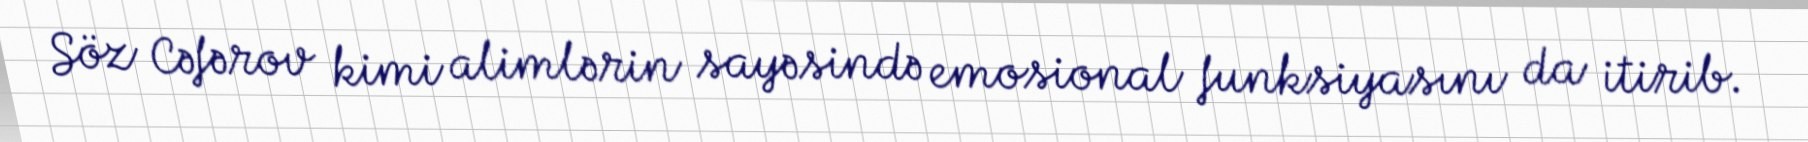
Söz Cəfərov kimi alimlərin sayəsində emosional funksiyasını da itirib.